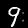
Digit: 9